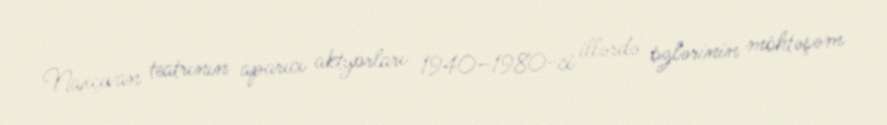
Naxçıvan teatrının aparıcı aktyorları 1940–1980-ci illərdə özlərinin möhtəşəm